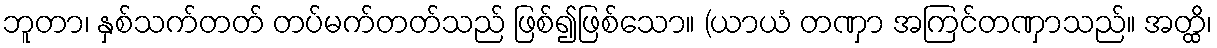
ဘူတာ၊ နှစ်သက်တတ် တပ်မက်တတ်သည် ဖြစ်၍ဖြစ်သော။ (ယာယံ တဏှာ အကြင်တဏှာသည်။ အတ္ထိ၊